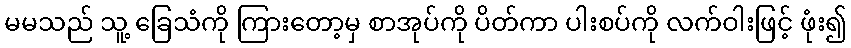
မမသည် သူ့ ခြေသံကို ကြားတော့မှ စာအုပ်ကို ပိတ်ကာ ပါးစပ်ကို လက်ဝါးဖြင့် ဖုံး၍